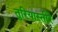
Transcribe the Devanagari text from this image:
तुरियास्तीरे